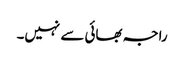
راجہ بھائی سے نہیں۔